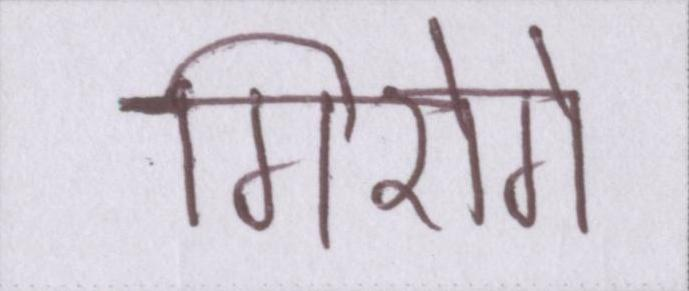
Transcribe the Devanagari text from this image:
गिरोगे